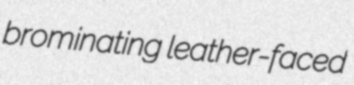
brominating leather-faced